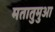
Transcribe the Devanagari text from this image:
मतातुमुआ